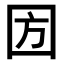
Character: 𡇅